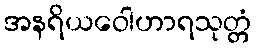
အနရိယဝေါဟာရသုတ္တံ